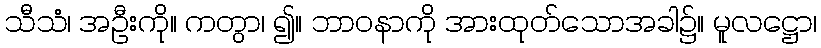
သီသံ၊ အဦးကို။ ကတွာ၊ ၍။ ဘာဝနာကို အားထုတ်သောအခါ၌။ မူလဋ္ဌော၊